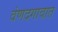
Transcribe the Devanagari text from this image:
वंणदगावात